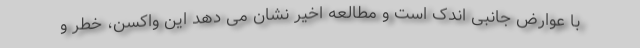
با عوارض جانبی اندک است و مطالعه اخیر نشان می دهد این واکسن، خطر و